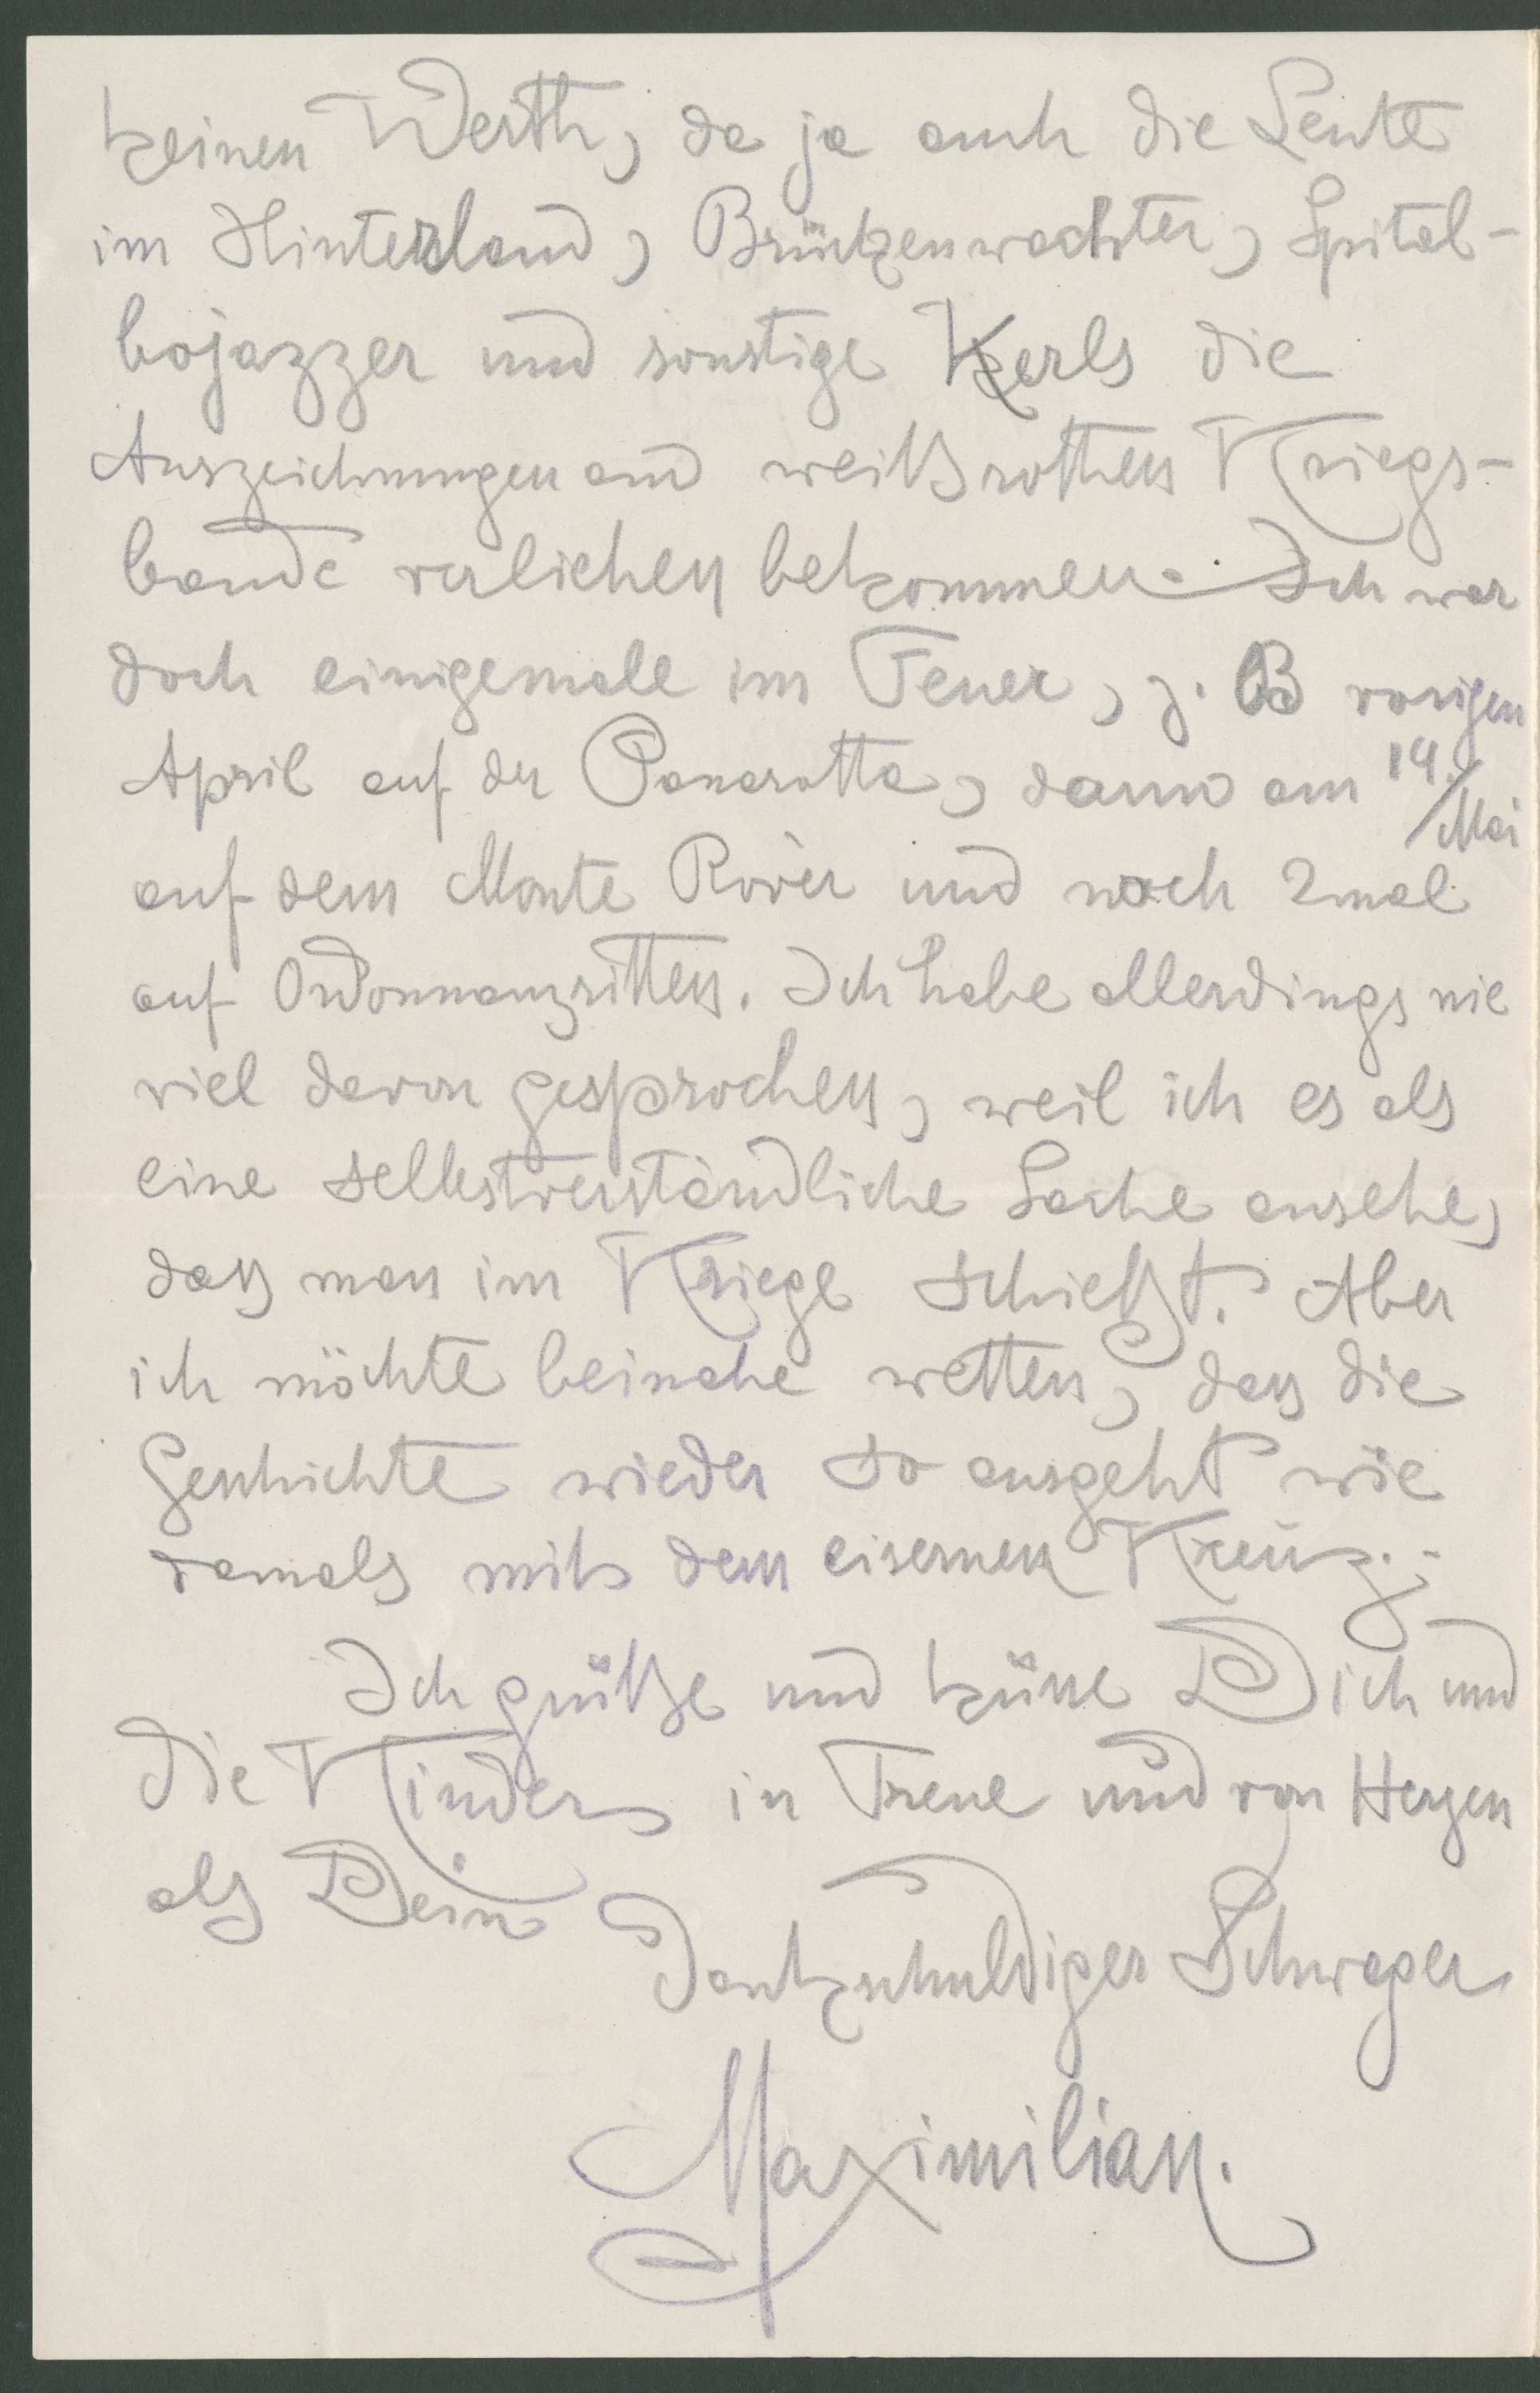
keinen Werth, da ja auch die Leute
im Hinterland, Brückenwächter, Spital-
bojazzer und sonstige Karls die
Auszeichungen an weißrothen Kriegs-
bande verliehen bekommen. Ich war
einigemale im Feuer,z.B. vorigen
April auf der Panarotta, dann am 14. Mai
auf dem Monte Rover und noch 2mal
auf Ordonnanzritten. Ich habe allerdings nie
viel davon gesprochen, weil ich es als
eine selbstverständliche Sache ansehe,
dass man im Kriege schießt. Aber
ich möchte beinahe wetten, dass die
Geschichte wieder so ausgeht wie
damals mit dem eisernen Kreuz.
Ich grüße und küsse Dich und
die Kinder in Treue und von Herzen
als Dein dankschuldiger Schwager
Maximilian